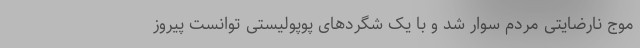
موج نارضایتی مردم سوار شد و با یک شگردهای پوپولیستی توانست پیروز